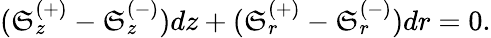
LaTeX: (\mathfrak{S}_{z}^{(+)}-\mathfrak{S}_{z}^{(-)})dz+(\mathfrak{S}_{r}^{(+)}-\mathfrak{S}_{r}^{(-)})dr=0.